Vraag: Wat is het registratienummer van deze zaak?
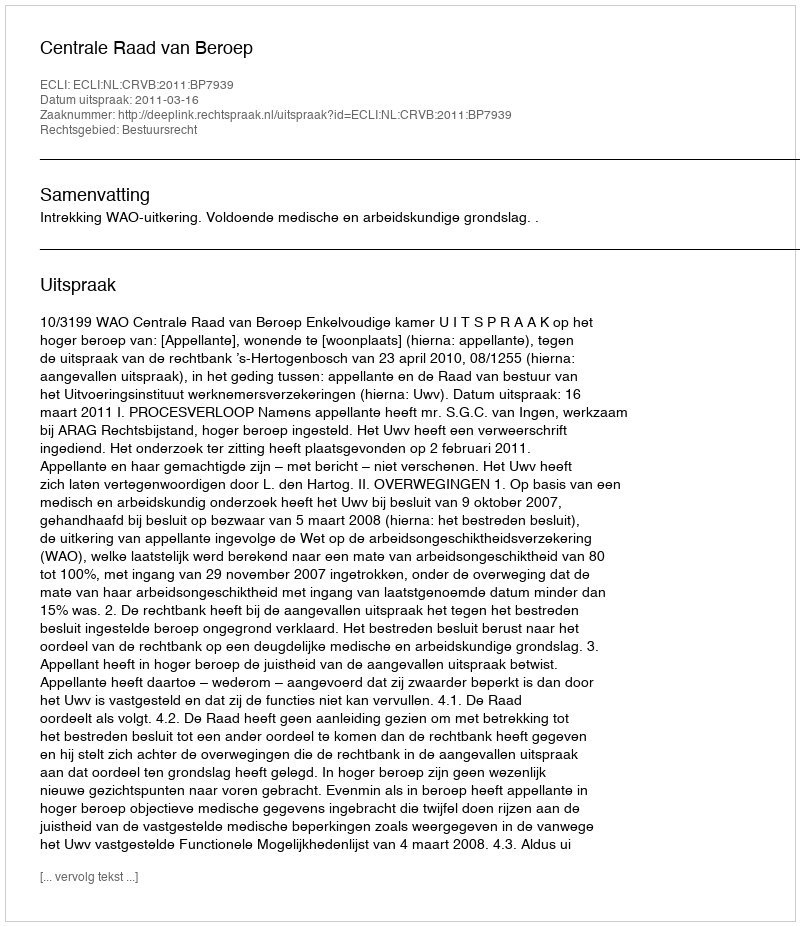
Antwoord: http://deeplink.rechtspraak.nl/uitspraak?id=ECLI:NL:CRVB:2011:BP7939